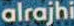
alrajhi